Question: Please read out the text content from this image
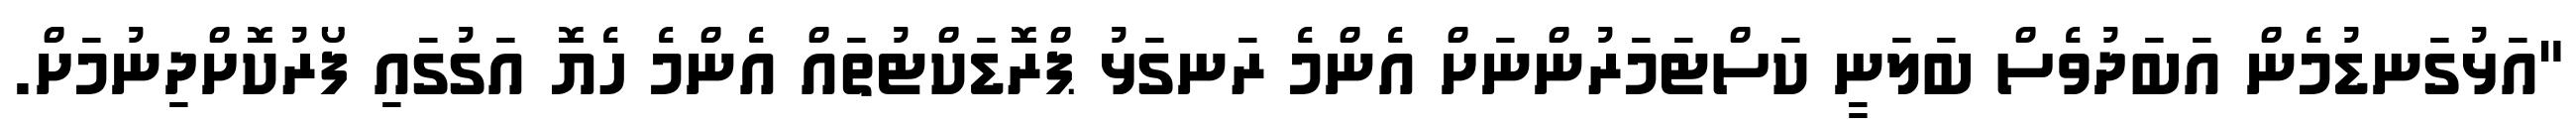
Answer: "އަޅުގަނޑުމެން އަބަދުވެސް ބަލަނީ ކަސްޓަމަރުންނަށް އެންމެ ރަނގަޅު ޕްރޮޑަކްޓުތައް އެންމެ ހެޔޮ އަގުގައި ފޯރުކޮށްދިނުމަށް.